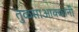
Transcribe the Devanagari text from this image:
तुळसाआक्कांनी